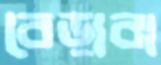
বেড়াবা